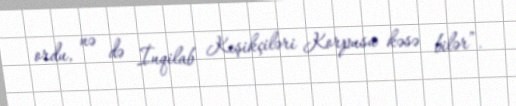
ordu, nə də İnqilab Keşikçiləri Korpusu kəsə bilər”.